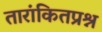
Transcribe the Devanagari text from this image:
तारांकितप्रश्न